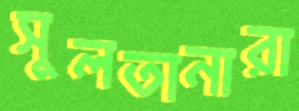
সুলতানারা